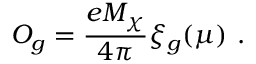
{ \cal O } _ { g } = { \frac { e M _ { \chi } } { 4 \pi } } \xi _ { g } ( \mu ) \ .